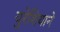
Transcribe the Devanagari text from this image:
युरेशियाने